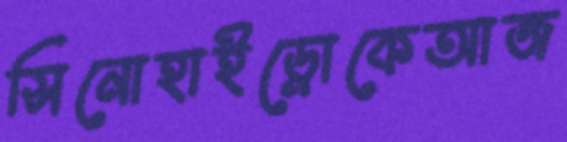
সিনোহাইড্রোকেআজ